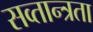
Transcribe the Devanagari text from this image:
सव्तान्त्रता